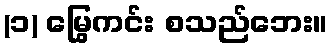
(၁) မြွေကင်း စသည်ဘေး။